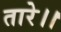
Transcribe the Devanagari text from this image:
तारे।।